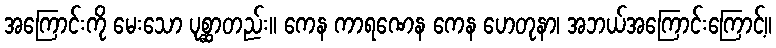
အကြောင်းကို မေးသော ပုစ္ဆာတည်း။ ကေန ကာရဏေန ကေန ဟေတုနာ၊ အဘယ်အကြောင်းကြောင့်။